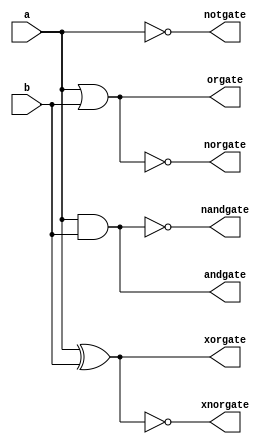
module logicgates(a,b,andgate,orgate,xorgate,nandgate,norgate,xnorgate,notgate);
input a,b;
output andgate,orgate,xorgate,nandgate,norgate,xnorgate,notgate;
and(andgate,a,b);
or(orgate,a,b);
xor(xorgate,a,b);
nand(nandgate,a,b);  
nor(norgate,a,b);
xnor(xnorgate,a,b);
not(notgate,a);
endmodule